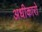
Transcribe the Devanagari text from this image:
अधीकारो